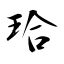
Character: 珨